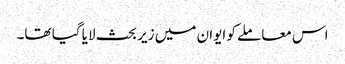
اس معاملے کو ایوان میں زیر بحث لایا گیا تھا۔